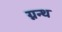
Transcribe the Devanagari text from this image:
ग्नन्थ